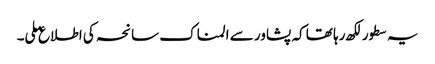
یہ سطورلکھ رہا تھا کہ پشاور سے المناک سانحہ کی اطلاع ملی۔